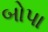
બોપા